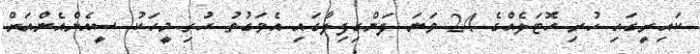
ކައިރީގައި ހުރި ހޮޓަލެއްގެ 24 ވަނަ ފަންގިފިލާގައި އެވަގުތު ހުރި މީހަކު ސީއެންއެންއަށް